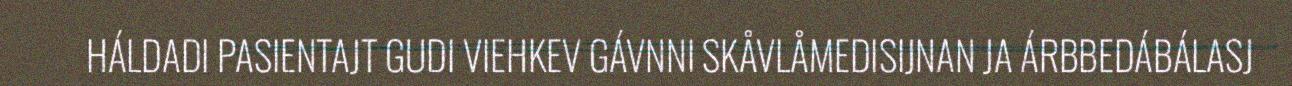
HÁLDADI PASIENTAJT GUDI VIEHKEV GÁVNNI SKÅVLÅMEDISIJNAN JA ÁRBBEDÁBÁLASJ